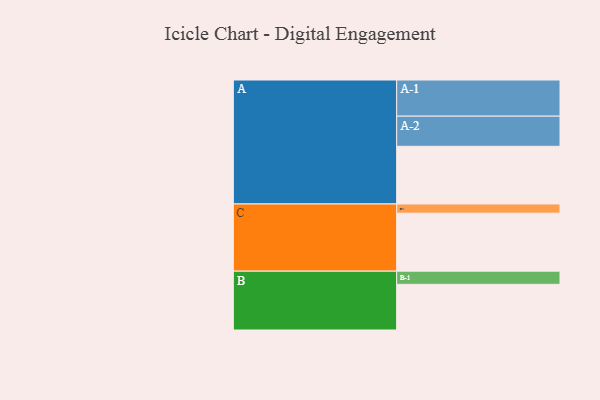
{"axis": {"x": "Segment", "y": "Value"}, "legend": ["", "A", "B", "C"], "data": [{"x": "A", "y": 394, "type": ""}, {"x": "B", "y": 312, "type": ""}, {"x": "C", "y": 396, "type": ""}, {"x": "A-1", "y": 247, "type": "A"}, {"x": "A-2", "y": 206, "type": "A"}, {"x": "B-1", "y": 90, "type": "B"}, {"x": "C-1", "y": 63, "type": "C"}]}